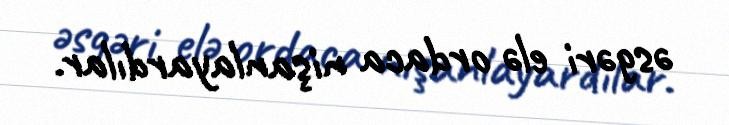
əsgəri elə ordaca nişanlayardılar.